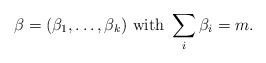
\begin{align*}\beta = (\beta_1, \ldots , \beta_k)\textrm{ with }\sum_i \beta_i = m.\end{align*}